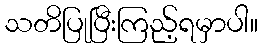
သတိပြုပြီးကြည့်ရမှာပါ။